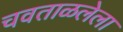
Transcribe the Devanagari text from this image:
चवताळलेला